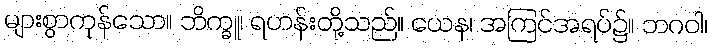
များစွာကုန်သော။ ဘိက္ခူ၊ ရဟန်းတို့သည်။ ယေန၊ အကြင်အရပ်၌။ ဘဂဝါ၊